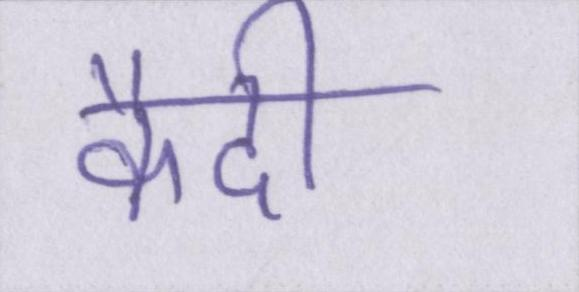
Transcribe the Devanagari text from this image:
कैदी